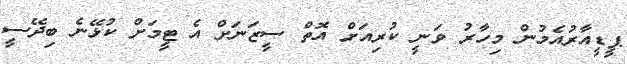
ޕީޑީއާރުއެމުން މިހާރު ވަނީ ކުރިއަށް އޮތް ސީޒަނަށް އެ ޓީމަށް ކުޅޭނެ ބިދޭސީ